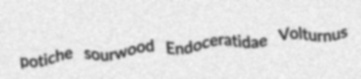
potiche sourwood Endoceratidae Volturnus